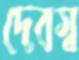
দেবস্ব